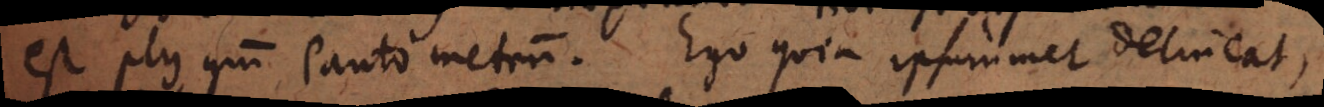
est plus quam Pantometrum. Ego quia ipsummet delineat,